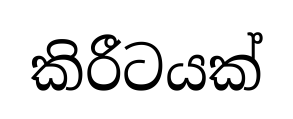
කිරීටයක්